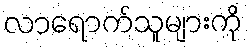
လာရောက်သူများကို